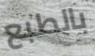
بالطبع